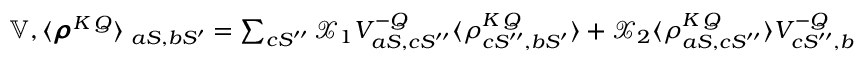
\begin{array} { r } { \interleave \mathbb { V } , \langle \pmb { \rho } ^ { K \, Q } \rangle \interleave _ { a S , b S ^ { \prime } } = \sum _ { c S ^ { \prime \prime } } \mathcal { X } _ { 1 } V _ { a S , c S ^ { \prime \prime } } ^ { - Q } \langle \rho _ { c S ^ { \prime \prime } , b S ^ { \prime } } ^ { K \, Q } \rangle + \mathcal { X } _ { 2 } \langle \rho _ { a S , c S ^ { \prime \prime } } ^ { K \, Q } \rangle V _ { c S ^ { \prime \prime } , b S ^ { \prime } } ^ { - Q } \, , } \end{array}